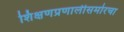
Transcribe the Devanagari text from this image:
शिक्षणप्रणालीसमोरचा